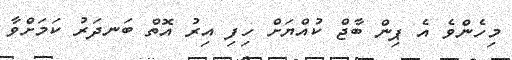
މިހެންވެ އެ ޕިން ބާޖް ކުއްޔަށް ހިފި އިރު އޮތް ބަނދަރު ކަމަށްވާ